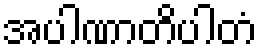
အပါဏာတိပါတံ